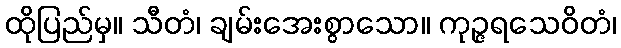
ထိုပြည်မှ။ သီတံ၊ ချမ်းအေးစွာသော။ ကုဉ္ဇရသေဝိတံ၊